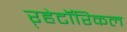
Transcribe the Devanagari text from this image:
ऱ्हेटॉरिकल